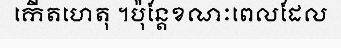
កើតហេតុ ។ប៉ុន្តែខណៈពេលដែល